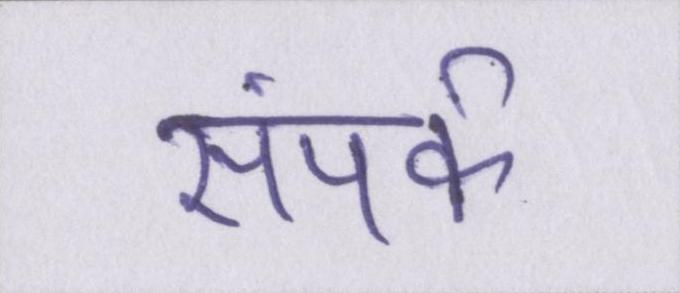
संपर्क